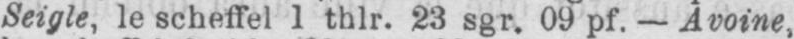
Seigle, le scheffel 1 thlr. 23 sgr. 09 pf. - Avoine,